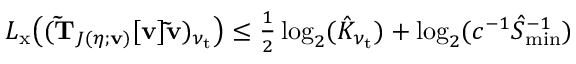
\begin{array} { r } { L _ { \mathrm { x } } \bigl ( ( \mathbf { \tilde { T } } _ { J ( \eta ; \mathbf { v } ) } [ \mathbf { v } ] \mathbf { \tilde { v } } ) _ { \nu _ { \mathrm { t } } } \bigr ) \leq \frac { 1 } { 2 } \log _ { 2 } ( \hat { K } _ { \nu _ { \mathrm { t } } } ) + \log _ { 2 } ( c ^ { - 1 } \hat { S } _ { \operatorname* { m i n } } ^ { - 1 } ) } \end{array}